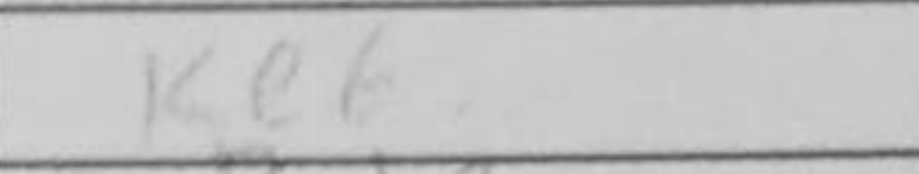
Transcription: Ke8